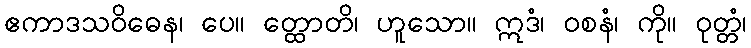
ဧကာဒသဝိဓေန၊ ပေ။ တ္ထောတိ၊ ဟူသော။ ဣဒံ၊ ဝစနံ၊ ကို။ ဝုတ္တံ၊